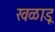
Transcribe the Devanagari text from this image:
खळाडू